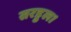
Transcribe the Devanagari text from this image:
सरहुल।